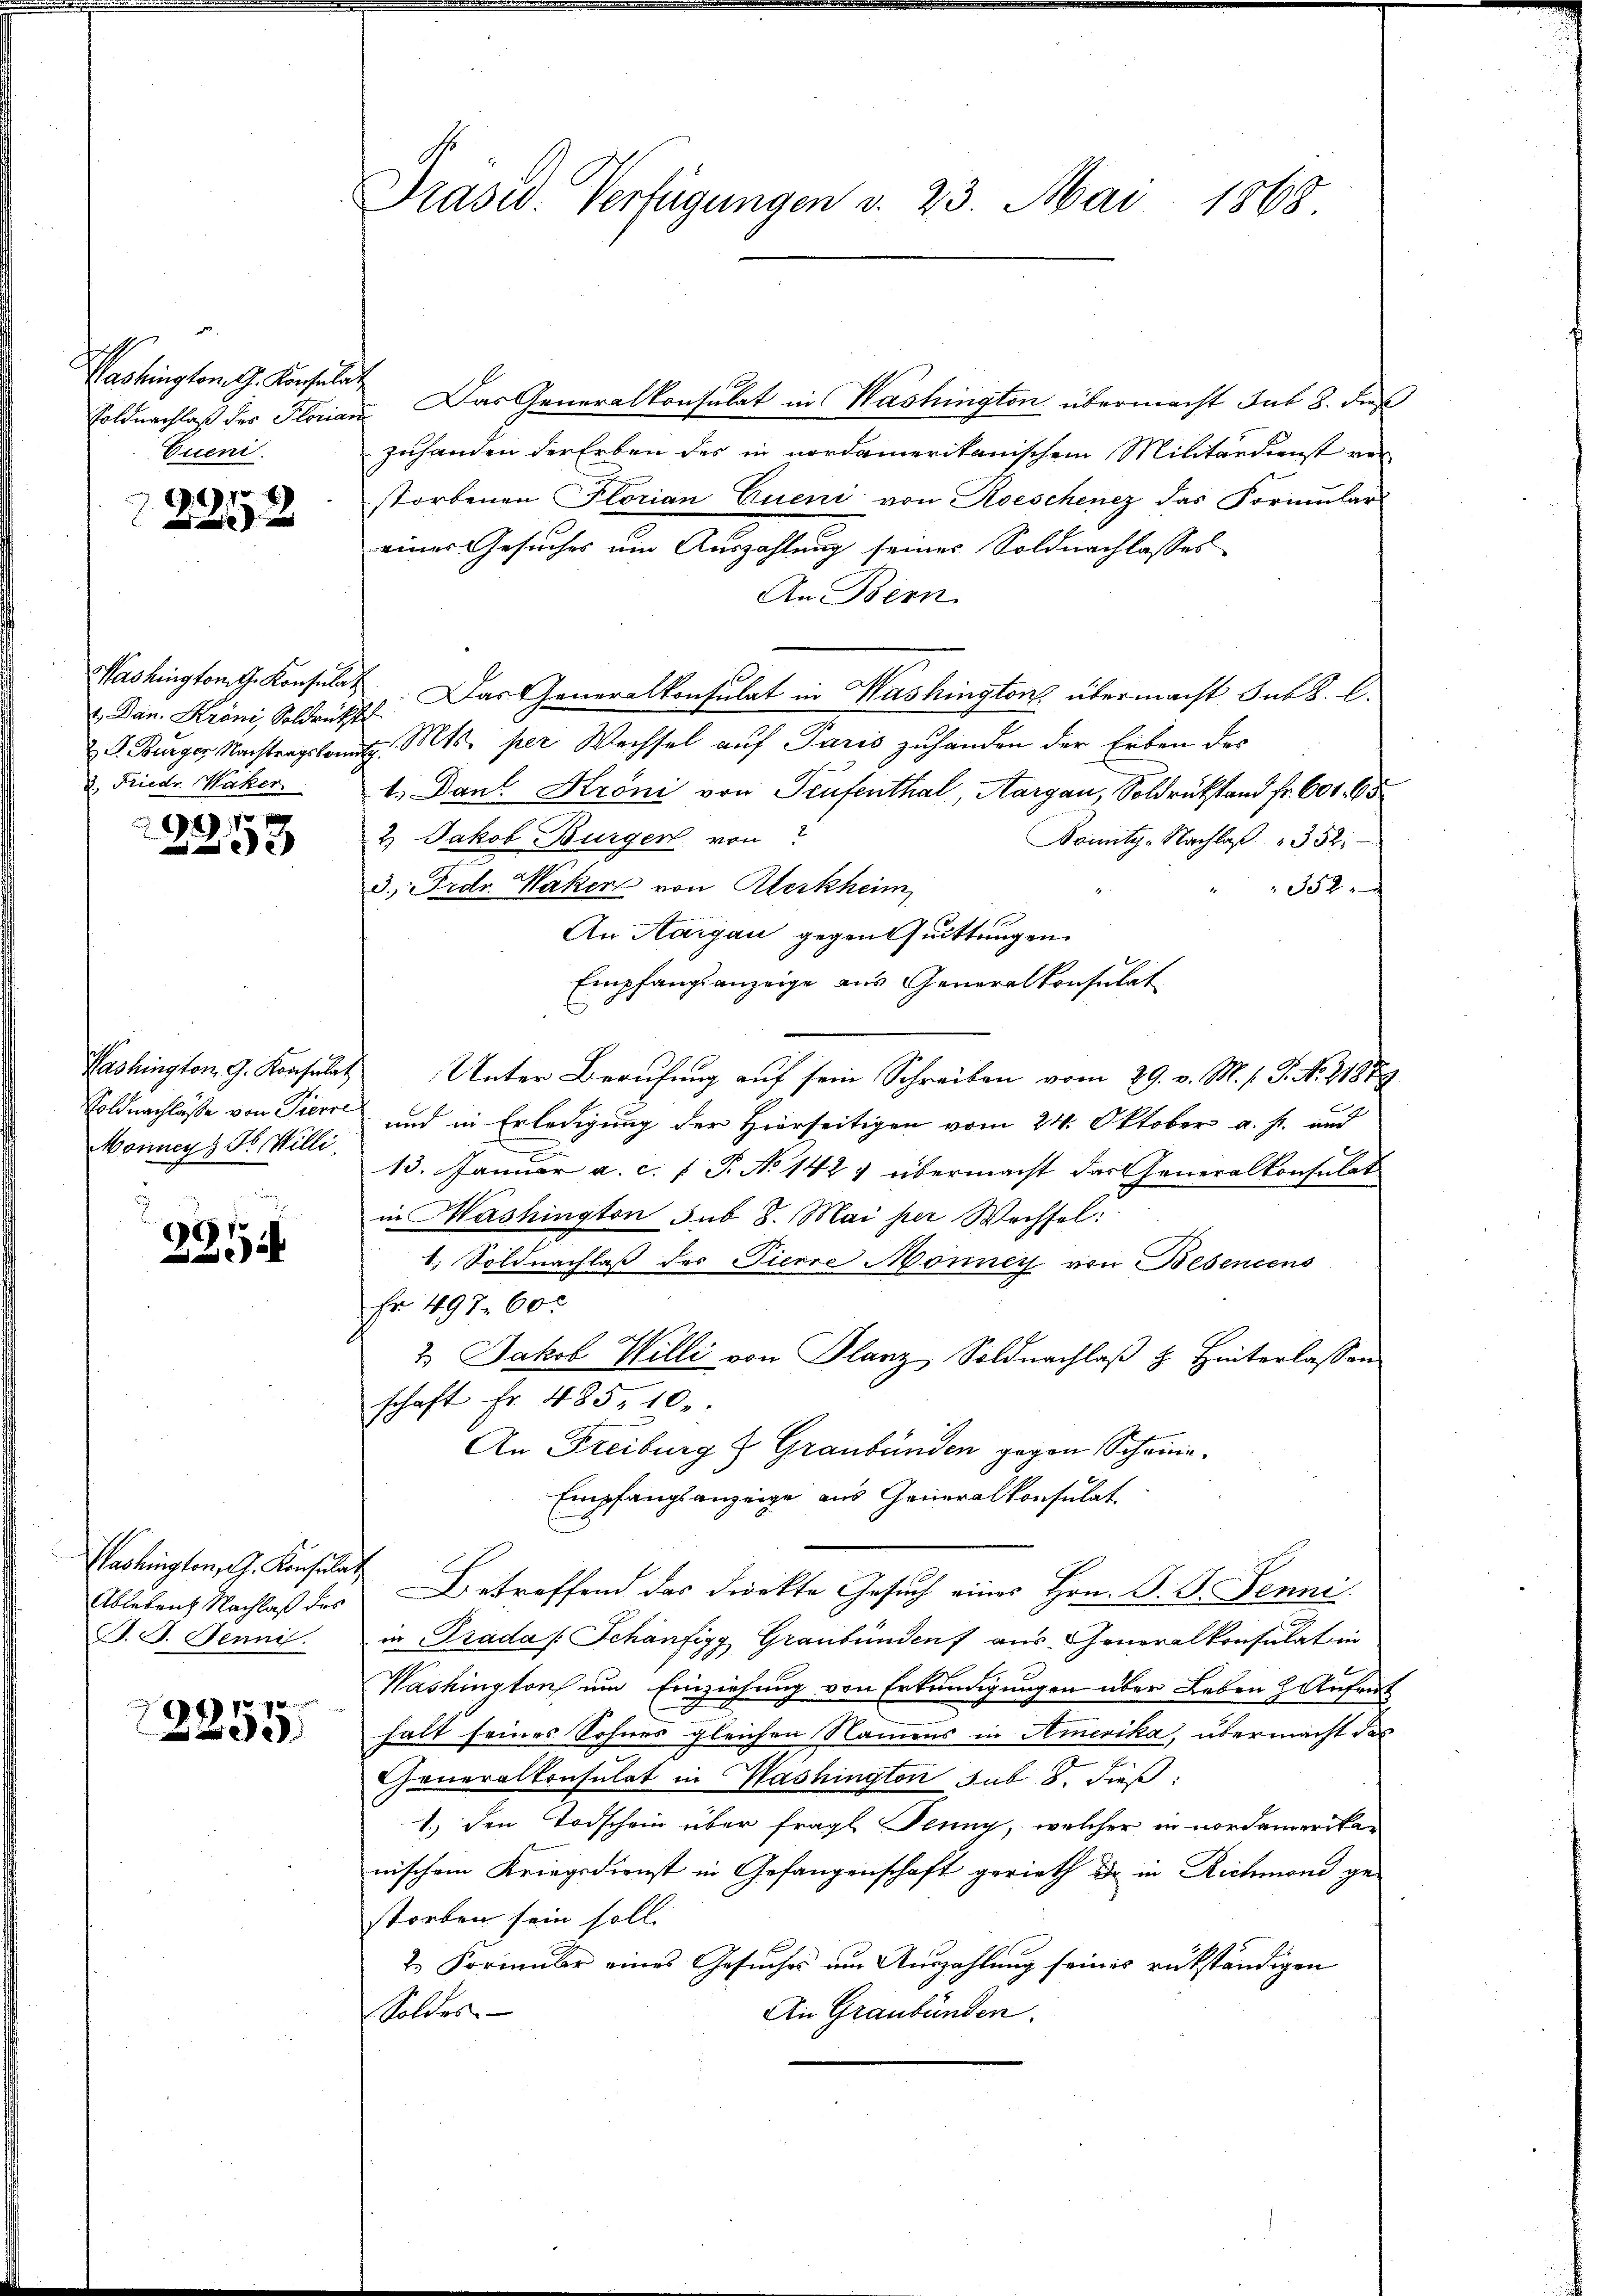
h
Washington G. Konsulat
Voldnachlaß des Florian
Exeni

. 1910.
 x

Washington G. Konsulat
1. Dan. Kröni, Soldrückt
3. Friedr. Wacker.

1 f 0

Washington G. Konsulat
Soldnachlasse von Pierre
Monners Willi

e
a

Pashington, A. Konsulat
Ableben Nachlaß des
B. J. Jenni

71. 70

Prasw. Verfügungen v. 23. Mai 1868

Das Generalkonsulat in Washington übermacht sub 2. dieß
zuhanden der Erben des in nordamerikanischem Militärdienst vor
storbenen Florian Eueni von Roeschenez das Formular
einer Gesuches um Auszahlung seines Soldnachlasses
An Bern.
Das Generalkonsulat in Washington übermacht sub 8. l.
2 S. Burger Nachtragskamp. Mts. per Wechsel auf Paris zuhanden der Erben des
1. Dank Kröni von Teufenthal, Aargau, Soldrükstand fr. 601. 65
2. Jakob Burger von
Dounty-Nachlaβ 352.
3. Frde. Waken von Klerkheim
352
An Aargau gegen Quittungen.
Empfangsanzeige aus Generalkonsulat
Unter Berufung auf sein Schreiben vom 29. v. M. h. T. No. 21859
und in Erledigung der Hierseitigen vom 24. Oktober a. f. und
.
13. Januar a. c. 1 S. No 142 & übermacht das Generalkonsulat
in Washington sub 8. Mai per Wechsel:
1) Soldnachlaß des Fierre Monney von Besencens
Fr. 497. 60
2. Jakob Willi von Planz Soldnachlaß z. Hinterlassen
schaft Fr. 485, 10.
An Freiburg & Graubünden gegen Scheina¬
Empfangsanzeige aus Generalkonsulat
Betreffend das Direkte Gesuch eines Hrn. P. G. Jenni
in Trada /: Schönfigy Graubünden aus Generalkonsulat in
Washington um Einziehung von Erkundigungen über Leben Aufent
halt seines Sohnes gleichen Namens in Amerika, übermacht das
Generalkonsulat in Washington sub 8. dieß,
1.) den Todschein über fragl. Jenny, welcher in nordamerikan
nischem Kriegsdienst in Gefangenschaft gerieth dr in Richmond gestorben sein soll.
2. Formular eines Gesuches um Auszahlung seines rükständigen
Soldes
An Graubünden.